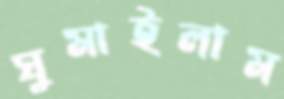
ঘুমাইলাম